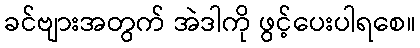
ခင်ဗျားအတွက် အဲဒါကို ဖွင့်ပေးပါရစေ။